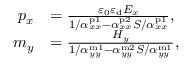
\begin{array} { r l } { p _ { x } } & { = \frac { \varepsilon _ { 0 } \varepsilon _ { \mathrm { d } } E _ { x } } { 1 / \alpha _ { x x } ^ { \mathrm { p 1 } } - \alpha _ { x x } ^ { \mathrm { p 2 } } S / \alpha _ { x x } ^ { \mathrm { p 1 } } } , } \\ { m _ { y } } & { = \frac { H _ { y } } { 1 / \alpha _ { y y } ^ { \mathrm { m 1 } } - \alpha _ { y y } ^ { \mathrm { m 2 } } S / \alpha _ { y y } ^ { \mathrm { m 1 } } } , } \end{array}